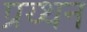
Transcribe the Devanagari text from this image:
प्रय्थन